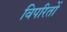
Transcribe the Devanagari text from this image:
विपरितों